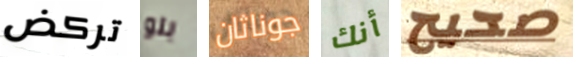
تركض بلو جوناثان أنك صحيح